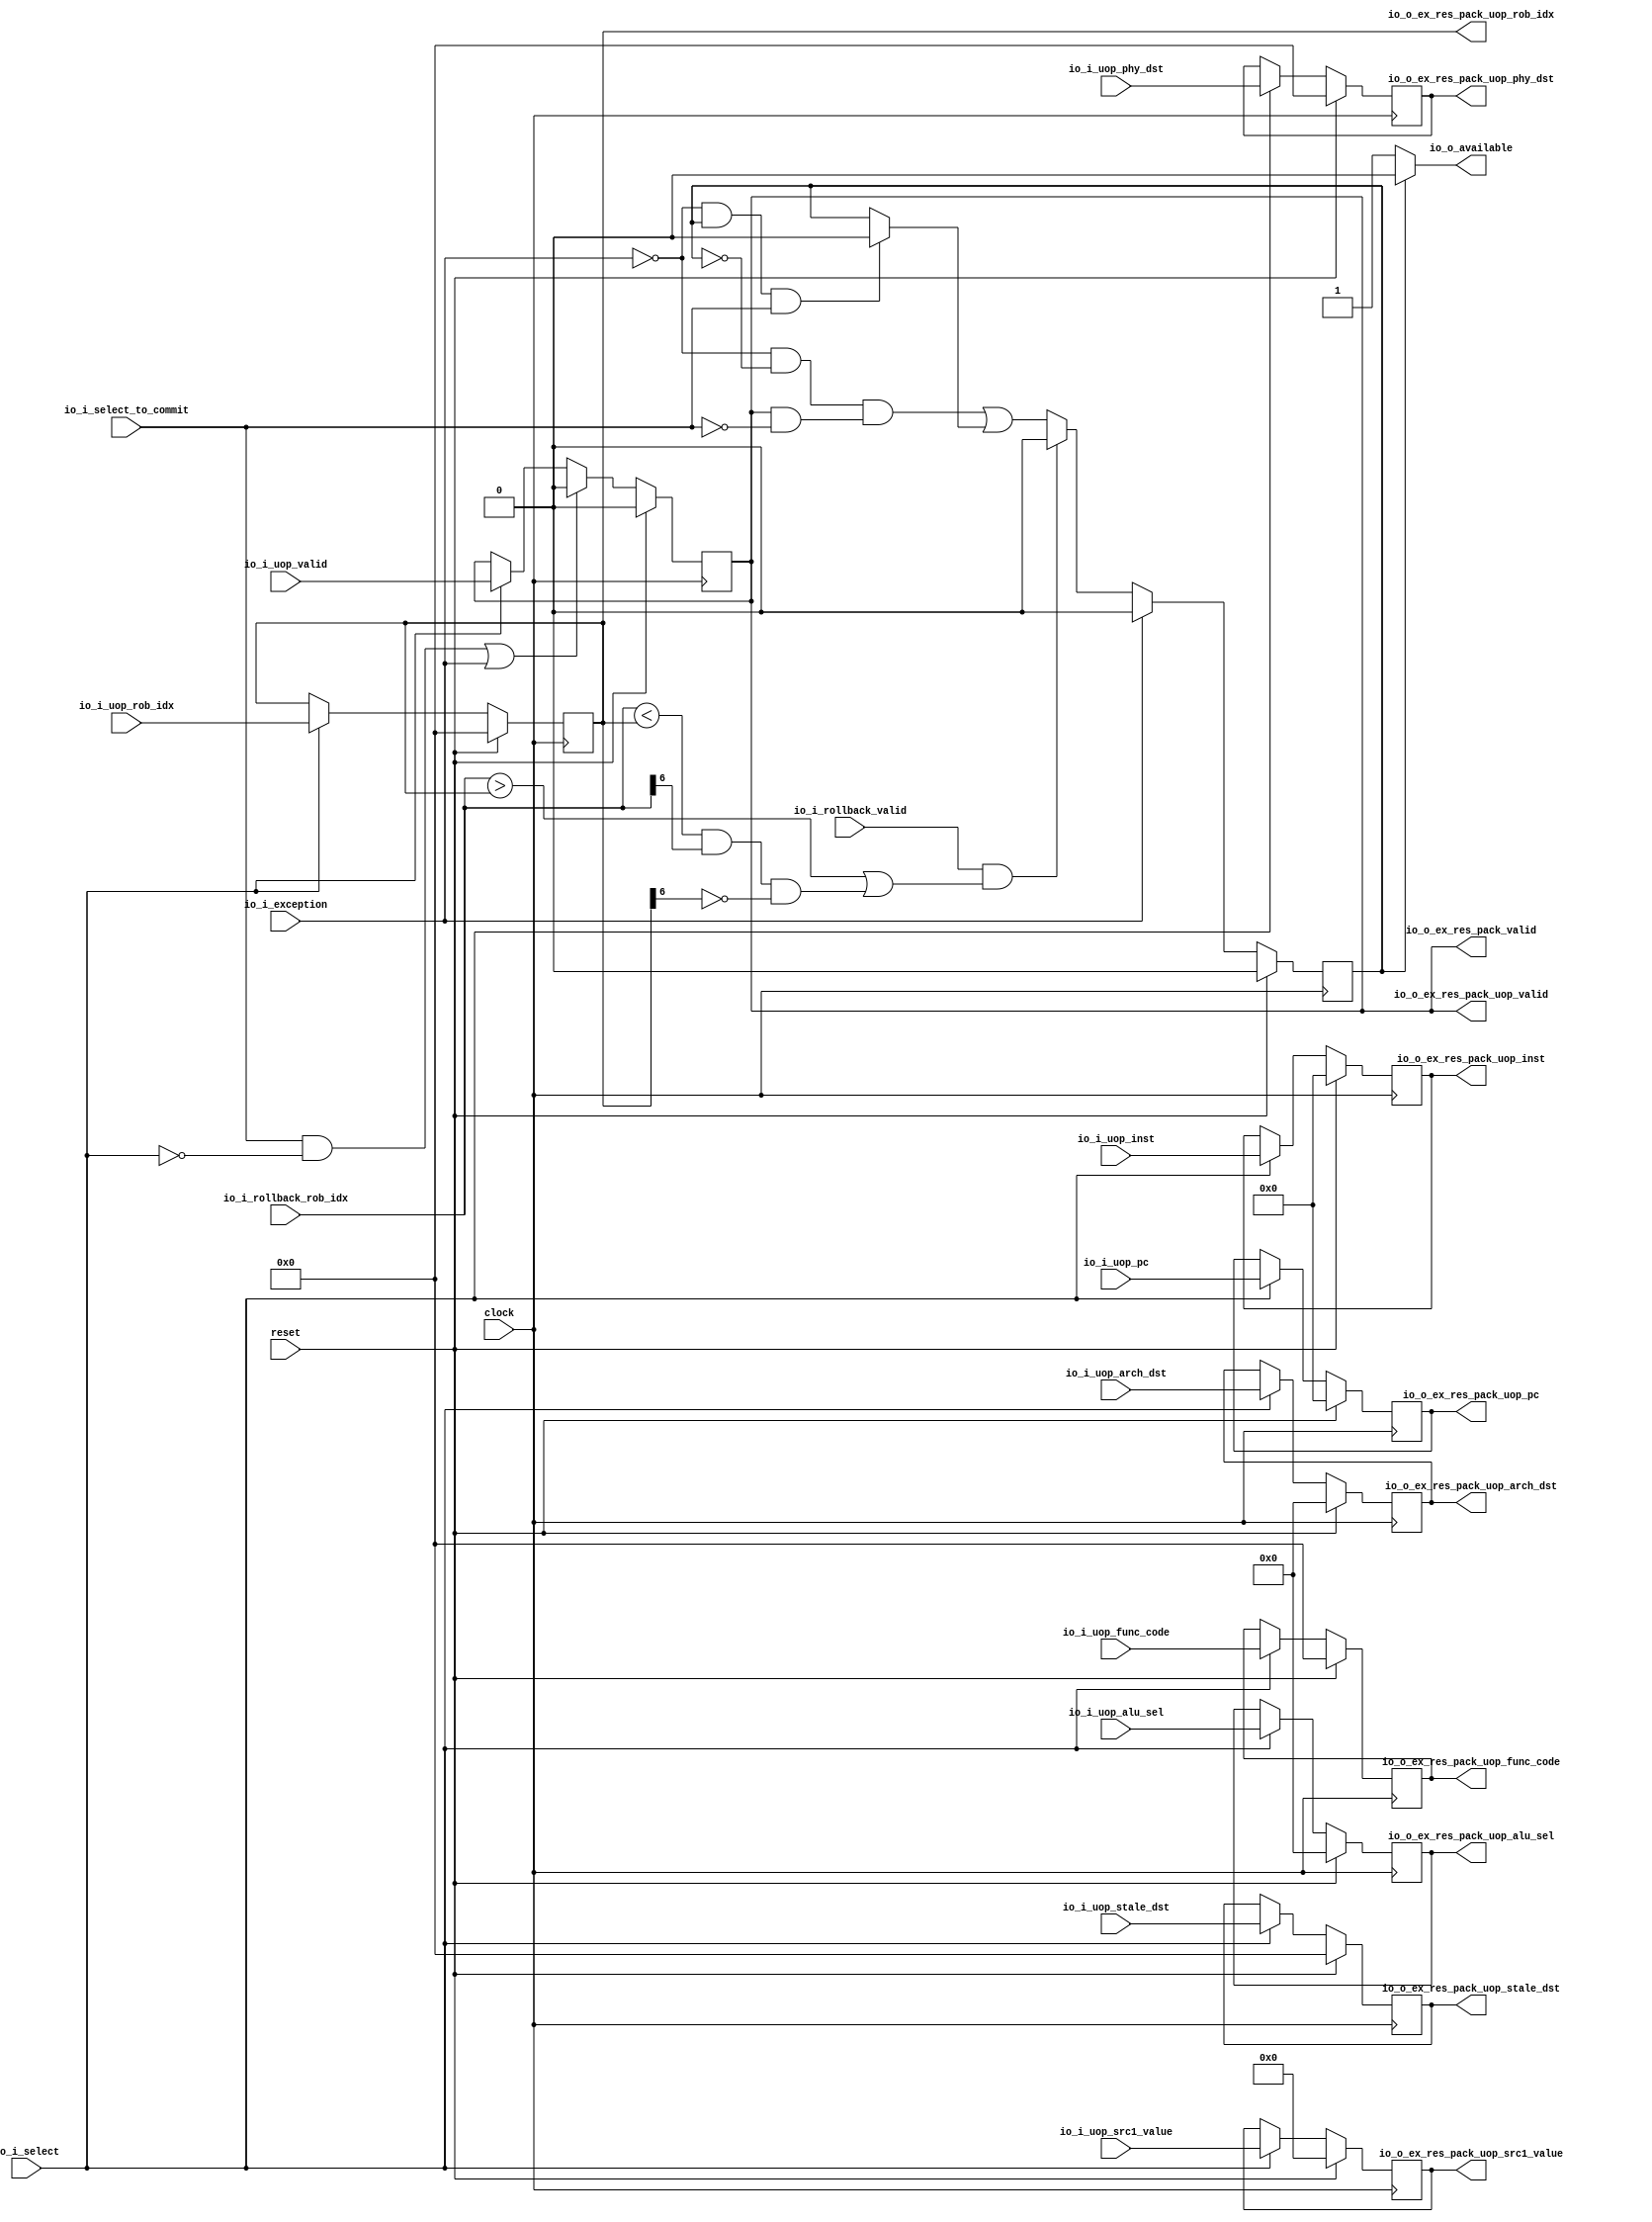
module CSR_BF(
  input         clock,
  input         reset,
  input         io_i_uop_valid,
  input  [31:0] io_i_uop_pc,
  input  [31:0] io_i_uop_inst,
  input  [6:0]  io_i_uop_func_code,
  input  [6:0]  io_i_uop_phy_dst,
  input  [6:0]  io_i_uop_stale_dst,
  input  [4:0]  io_i_uop_arch_dst,
  input  [6:0]  io_i_uop_rob_idx,
  input  [63:0] io_i_uop_src1_value,
  input  [4:0]  io_i_uop_alu_sel,
  input         io_i_select,
  input         io_i_select_to_commit,
  output        io_o_ex_res_pack_valid,
  output        io_o_ex_res_pack_uop_valid,
  output [31:0] io_o_ex_res_pack_uop_pc,
  output [31:0] io_o_ex_res_pack_uop_inst,
  output [6:0]  io_o_ex_res_pack_uop_func_code,
  output [6:0]  io_o_ex_res_pack_uop_phy_dst,
  output [6:0]  io_o_ex_res_pack_uop_stale_dst,
  output [4:0]  io_o_ex_res_pack_uop_arch_dst,
  output [6:0]  io_o_ex_res_pack_uop_rob_idx,
  output [63:0] io_o_ex_res_pack_uop_src1_value,
  output [4:0]  io_o_ex_res_pack_uop_alu_sel,
  output        io_o_available,
  input         io_i_exception,
  input         io_i_rollback_valid,
  input  [6:0]  io_i_rollback_rob_idx
);
`ifdef RANDOMIZE_REG_INIT
  reg [31:0] _RAND_0;
  reg [31:0] _RAND_1;
  reg [31:0] _RAND_2;
  reg [31:0] _RAND_3;
  reg [31:0] _RAND_4;
  reg [31:0] _RAND_5;
  reg [31:0] _RAND_6;
  reg [31:0] _RAND_7;
  reg [31:0] _RAND_8;
  reg [63:0] _RAND_9;
  reg [31:0] _RAND_10;
`endif // RANDOMIZE_REG_INIT
  reg  state; // @[execute_unit.scala 431:24]
  reg  uop_valid; // @[execute_unit.scala 435:22]
  reg [31:0] uop_pc; // @[execute_unit.scala 435:22]
  reg [31:0] uop_inst; // @[execute_unit.scala 435:22]
  reg [6:0] uop_func_code; // @[execute_unit.scala 435:22]
  reg [6:0] uop_phy_dst; // @[execute_unit.scala 435:22]
  reg [6:0] uop_stale_dst; // @[execute_unit.scala 435:22]
  reg [4:0] uop_arch_dst; // @[execute_unit.scala 435:22]
  reg [6:0] uop_rob_idx; // @[execute_unit.scala 435:22]
  reg [63:0] uop_src1_value; // @[execute_unit.scala 435:22]
  reg [4:0] uop_alu_sel; // @[execute_unit.scala 435:22]
  wire  _next_state_T_7 = io_i_rollback_rob_idx < uop_rob_idx & io_i_rollback_rob_idx[6] & ~uop_rob_idx[6]; // @[execute_unit.scala 452:84]
  wire  _next_state_T_9 = io_i_rollback_valid & (io_i_rollback_rob_idx > uop_rob_idx | _next_state_T_7); // @[execute_unit.scala 451:30]
  wire  _next_state_T_10 = ~io_i_exception; // @[execute_unit.scala 453:10]
  wire  _next_state_T_15 = ~io_i_exception & ~state & (uop_valid & ~io_i_select_to_commit); // @[execute_unit.scala 453:50]
  wire  _next_state_T_19 = _next_state_T_10 & state & io_i_select_to_commit; // @[execute_unit.scala 454:50]
  wire  _next_state_T_20 = _next_state_T_19 ? 1'h0 : state; // @[Mux.scala 101:16]
  wire  _next_state_T_22 = _next_state_T_9 ? 1'h0 : _next_state_T_15 | _next_state_T_20; // @[Mux.scala 101:16]
  wire  _next_state_T_23 = io_i_exception ? 1'h0 : _next_state_T_22; // @[Mux.scala 101:16]
  wire [1:0] next_state = {{1'd0}, _next_state_T_23}; // @[execute_unit.scala 432:26 449:16]
  wire [1:0] _GEN_1 = reset ? 2'h0 : next_state; // @[execute_unit.scala 431:{24,24} 433:11]
  assign io_o_ex_res_pack_valid = uop_valid; // @[execute_unit.scala 445:28]
  assign io_o_ex_res_pack_uop_valid = uop_valid; // @[execute_unit.scala 444:26]
  assign io_o_ex_res_pack_uop_pc = uop_pc; // @[execute_unit.scala 444:26]
  assign io_o_ex_res_pack_uop_inst = uop_inst; // @[execute_unit.scala 444:26]
  assign io_o_ex_res_pack_uop_func_code = uop_func_code; // @[execute_unit.scala 444:26]
  assign io_o_ex_res_pack_uop_phy_dst = uop_phy_dst; // @[execute_unit.scala 444:26]
  assign io_o_ex_res_pack_uop_stale_dst = uop_stale_dst; // @[execute_unit.scala 444:26]
  assign io_o_ex_res_pack_uop_arch_dst = uop_arch_dst; // @[execute_unit.scala 444:26]
  assign io_o_ex_res_pack_uop_rob_idx = uop_rob_idx; // @[execute_unit.scala 444:26]
  assign io_o_ex_res_pack_uop_src1_value = uop_src1_value; // @[execute_unit.scala 444:26]
  assign io_o_ex_res_pack_uop_alu_sel = uop_alu_sel; // @[execute_unit.scala 444:26]
  assign io_o_available = state ? 1'h0 : 1'h1; // @[execute_unit.scala 457:26]
  always @(posedge clock) begin
    state <= _GEN_1[0]; // @[execute_unit.scala 431:{24,24} 433:11]
    if (reset) begin // @[execute_unit.scala 435:22]
      uop_valid <= 1'h0; // @[execute_unit.scala 435:22]
    end else if (io_i_select_to_commit & ~io_i_select | io_i_exception) begin // @[execute_unit.scala 438:66]
      uop_valid <= 1'h0; // @[execute_unit.scala 439:23]
    end else if (io_i_select) begin // @[execute_unit.scala 437:20]
      uop_valid <= io_i_uop_valid;
    end
    if (reset) begin // @[execute_unit.scala 435:22]
      uop_pc <= 32'h0; // @[execute_unit.scala 435:22]
    end else if (io_i_select) begin // @[execute_unit.scala 437:20]
      uop_pc <= io_i_uop_pc;
    end
    if (reset) begin // @[execute_unit.scala 435:22]
      uop_inst <= 32'h0; // @[execute_unit.scala 435:22]
    end else if (io_i_select) begin // @[execute_unit.scala 437:20]
      uop_inst <= io_i_uop_inst;
    end
    if (reset) begin // @[execute_unit.scala 435:22]
      uop_func_code <= 7'h0; // @[execute_unit.scala 435:22]
    end else if (io_i_select) begin // @[execute_unit.scala 437:20]
      uop_func_code <= io_i_uop_func_code;
    end
    if (reset) begin // @[execute_unit.scala 435:22]
      uop_phy_dst <= 7'h0; // @[execute_unit.scala 435:22]
    end else if (io_i_select) begin // @[execute_unit.scala 437:20]
      uop_phy_dst <= io_i_uop_phy_dst;
    end
    if (reset) begin // @[execute_unit.scala 435:22]
      uop_stale_dst <= 7'h0; // @[execute_unit.scala 435:22]
    end else if (io_i_select) begin // @[execute_unit.scala 437:20]
      uop_stale_dst <= io_i_uop_stale_dst;
    end
    if (reset) begin // @[execute_unit.scala 435:22]
      uop_arch_dst <= 5'h0; // @[execute_unit.scala 435:22]
    end else if (io_i_select) begin // @[execute_unit.scala 437:20]
      uop_arch_dst <= io_i_uop_arch_dst;
    end
    if (reset) begin // @[execute_unit.scala 435:22]
      uop_rob_idx <= 7'h0; // @[execute_unit.scala 435:22]
    end else if (io_i_select) begin // @[execute_unit.scala 437:20]
      uop_rob_idx <= io_i_uop_rob_idx;
    end
    if (reset) begin // @[execute_unit.scala 435:22]
      uop_src1_value <= 64'h0; // @[execute_unit.scala 435:22]
    end else if (io_i_select) begin // @[execute_unit.scala 437:20]
      uop_src1_value <= io_i_uop_src1_value;
    end
    if (reset) begin // @[execute_unit.scala 435:22]
      uop_alu_sel <= 5'h0; // @[execute_unit.scala 435:22]
    end else if (io_i_select) begin // @[execute_unit.scala 437:20]
      uop_alu_sel <= io_i_uop_alu_sel;
    end
  end
// Register and memory initialization
`ifdef RANDOMIZE_GARBAGE_ASSIGN
`define RANDOMIZE
`endif
`ifdef RANDOMIZE_INVALID_ASSIGN
`define RANDOMIZE
`endif
`ifdef RANDOMIZE_REG_INIT
`define RANDOMIZE
`endif
`ifdef RANDOMIZE_MEM_INIT
`define RANDOMIZE
`endif
`ifndef RANDOM
`define RANDOM $random
`endif
`ifdef RANDOMIZE_MEM_INIT
  integer initvar;
`endif
`ifndef SYNTHESIS
`ifdef FIRRTL_BEFORE_INITIAL
`FIRRTL_BEFORE_INITIAL
`endif
initial begin
  `ifdef RANDOMIZE
    `ifdef INIT_RANDOM
      `INIT_RANDOM
    `endif
    `ifndef VERILATOR
      `ifdef RANDOMIZE_DELAY
        #`RANDOMIZE_DELAY begin end
      `else
        #0.002 begin end
      `endif
    `endif
`ifdef RANDOMIZE_REG_INIT
  _RAND_0 = {1{`RANDOM}};
  state = _RAND_0[0:0];
  _RAND_1 = {1{`RANDOM}};
  uop_valid = _RAND_1[0:0];
  _RAND_2 = {1{`RANDOM}};
  uop_pc = _RAND_2[31:0];
  _RAND_3 = {1{`RANDOM}};
  uop_inst = _RAND_3[31:0];
  _RAND_4 = {1{`RANDOM}};
  uop_func_code = _RAND_4[6:0];
  _RAND_5 = {1{`RANDOM}};
  uop_phy_dst = _RAND_5[6:0];
  _RAND_6 = {1{`RANDOM}};
  uop_stale_dst = _RAND_6[6:0];
  _RAND_7 = {1{`RANDOM}};
  uop_arch_dst = _RAND_7[4:0];
  _RAND_8 = {1{`RANDOM}};
  uop_rob_idx = _RAND_8[6:0];
  _RAND_9 = {2{`RANDOM}};
  uop_src1_value = _RAND_9[63:0];
  _RAND_10 = {1{`RANDOM}};
  uop_alu_sel = _RAND_10[4:0];
`endif // RANDOMIZE_REG_INIT
  `endif // RANDOMIZE
end // initial
`ifdef FIRRTL_AFTER_INITIAL
`FIRRTL_AFTER_INITIAL
`endif
`endif // SYNTHESIS
endmodule